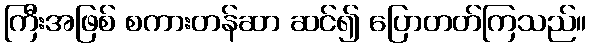
ကြီးအဖြစ် စကားတန်ဆာ ဆင်၍ ပြောတတ်ကြသည်။